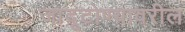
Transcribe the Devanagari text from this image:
जादूटोण्यावरील